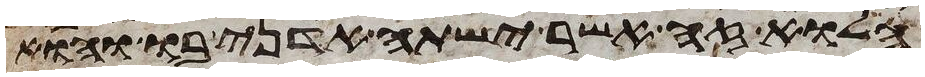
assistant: הלוא זה אשר ישתה אדני בו והוא